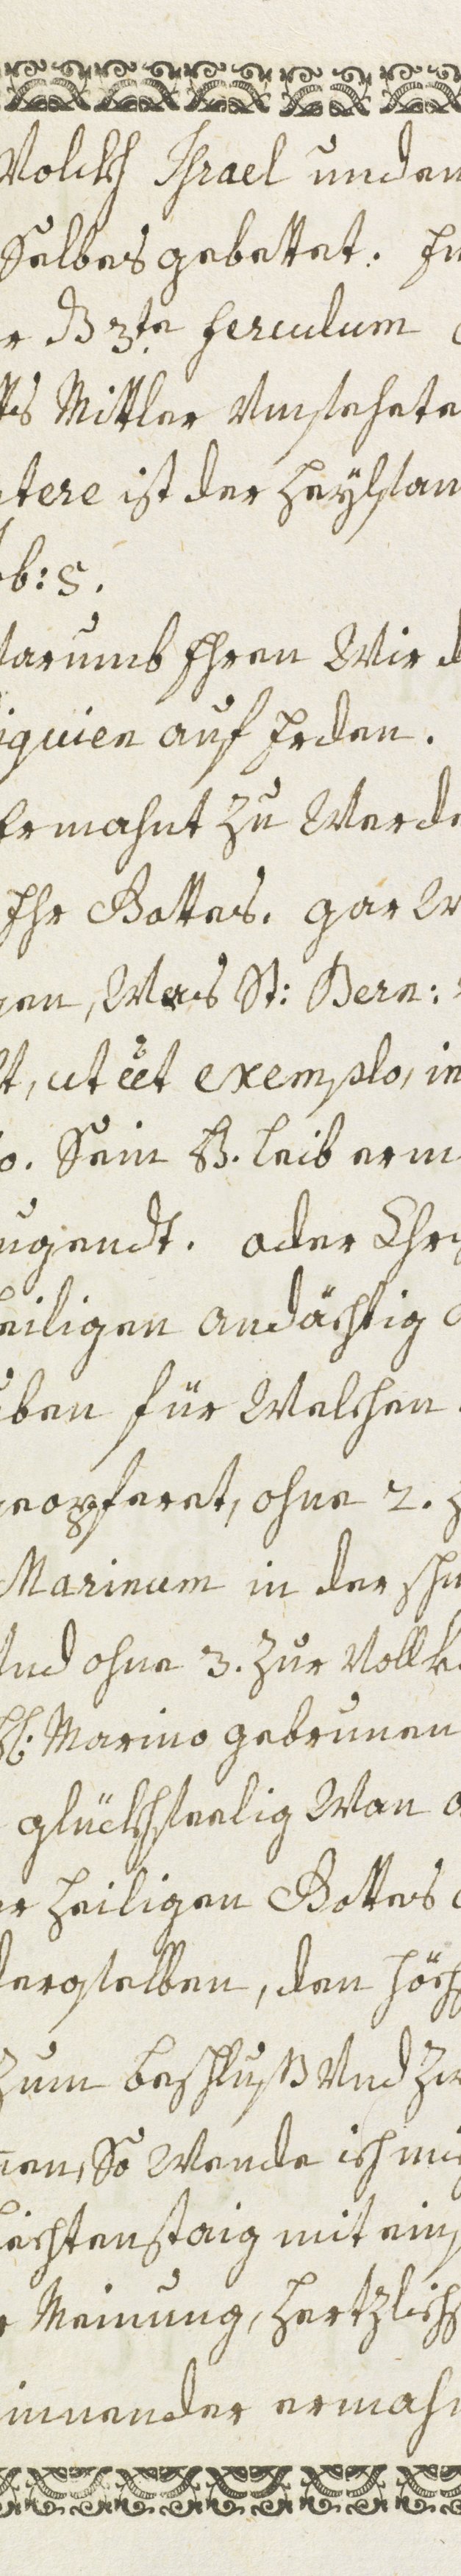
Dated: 1600–1699